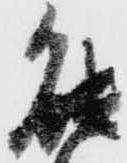
能